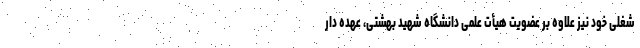
شغلی خود نیز علاوه بر عضویت هیأت علمی دانشگاه شهید بهشتی، عهده دار